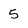
Character: 5